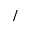
/